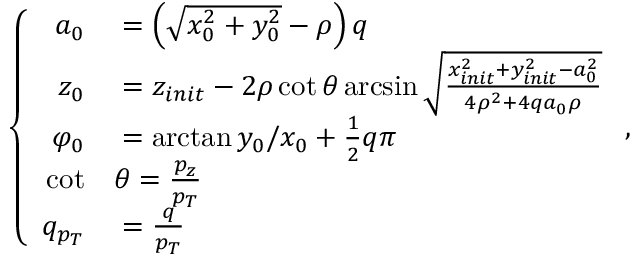
\left\{ \begin{array} { r l } { a _ { 0 } } & { { } = \left( \sqrt { x _ { 0 } ^ { 2 } + y _ { 0 } ^ { 2 } } - \rho \right) q } \\ { z _ { 0 } } & { { } = z _ { i n i t } - 2 \rho \cot { \theta } \arcsin { \sqrt { \frac { x _ { i n i t } ^ { 2 } + y _ { i n i t } ^ { 2 } - a _ { 0 } ^ { 2 } } { 4 \rho ^ { 2 } + 4 q a _ { 0 } \rho } } } } \\ { \varphi _ { 0 } } & { { } = \arctan { y _ { 0 } / x _ { 0 } } + \frac { 1 } { 2 } q \pi } \\ { \cot } & { { } \theta = \frac { p _ { z } } { p _ { T } } } \\ { q _ { p _ { T } } } & { { } = \frac { q } { p _ { T } } } \end{array} \right. ,